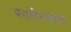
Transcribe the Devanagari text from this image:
परागीभवनात